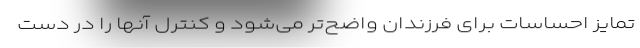
تمایز احساسات برای فرزندان واضح‌تر می‌شود و کنترل آنها را در دست